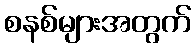
စနစ်များအတွက်